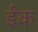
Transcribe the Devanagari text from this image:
ईंक